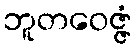
ဘူတဝေဇ္ဇံ